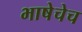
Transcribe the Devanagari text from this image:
भाषेचेच